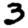
Digit: 3